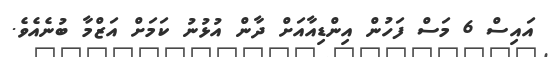
އައިސް 6 މަސް ފަހުން އިންޑިއާއަށް ދާން އުޅުނު ކަމަށް އަޒްމާ ބުނެއެވެ.